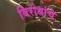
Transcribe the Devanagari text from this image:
विरोधांचे